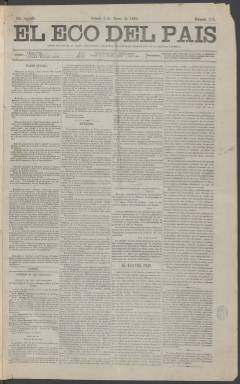
Título: El Eco del país (Madrid. 1862)
Colección: Periódicos
Ámbito geográfico: Madrid
Lugar de publicación: Madrid
Fechas: 03/01/1863-06/08/1866

Este periódico de corto recorrido, pues solo se publicó durante cuatro años, tiene la particularidad de que fue dirigido por Eduardo Gasset y Artime, quien fundaría poco después El Imparcial, la gran y duradera cabecera que iba revolucionar el periodismo diario y cuya influencia para poner y quitar gobiernos en la segunda mitad del siglo XIX fue proverbial.

   Gasset nació en 1832 en Pontevedra y se trasladó pronto a Madrid para colaborar en el Seminario Pintoresco Español, que comenzó a dirigir en 1857. Cinco años después fundó El Eco del País, periódico vinculado a la Unión Liberal del general Leopoldo O’Donnell. Este partido de corte centrista unía a moderados y progresistas que ambicionaban la concordia y la estabilidad tras décadas de guerras, revoluciones e inestabilidad política.

 En el momento de salir El Eco del País, en agosto de 1862, presidía el Gobierno O’Donnell, aunque al año siguiente fue sustituido por políticos cada vez más conservadores. En marzo de 1865, con el general Narváez, líder del partido moderado como presidente del Gobierno, El Eco del País se unió a más de 20 periódicos que se oponían a la nueva y restrictiva ley de prensa. Y el mes siguiente, junto a toda la prensa liberal independiente, se unió en la condena de los sucesos de La Noche de San Daniel, tragedia que supuso el cambio de Gobierno y la vuelta de O’ Donnell al poder.

  En estas fechas Gasset había abandonado ya la dirección del periódico, dirigido ahora por Juan de Chinchilla hasta su desaparición en agosto de 1866, una vez que Narváez había sido designado de nuevo por Isabel II como presidente del Gobierno. Eran unos años en que fueron frecuentes los cambios de Gobierno hasta el destronamiento en 1868 de la reina.

  Con cuatro páginas por número, El Eco del País cambió su presentación en mayo de 1863, al año de su salida. Comenzó teniendo un largo subtítulo: ‘Diario Político de la tarde, consagrado a defender los intereses permanentes de la sociedad española’, para más adelante dejarlo solo en ‘Diario político de la tarde’. También cambió su cabecera con una tipografía más estilizada.

  El periódico estaba muy marcado por su ideario, con el que juzgaba los acontecimientos de la actualidad política. La información política tenía prioridad, con las noticias generadas por el Gobierno o Las Cortes, aunque también dedicaba atención a la información del exterior, a las noticias de tribunales y de la Bolsa y al comentario de lo publicado por otros periódicos.

[Descripción publicada el 20/09/2024]